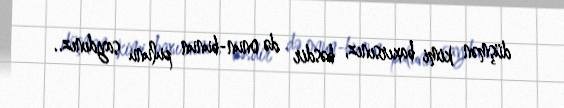
düşmən kimi baxırsınız, bəsdir də onun-bunun pulunu saydınız..